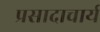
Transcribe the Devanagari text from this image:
प्रसादाचार्य